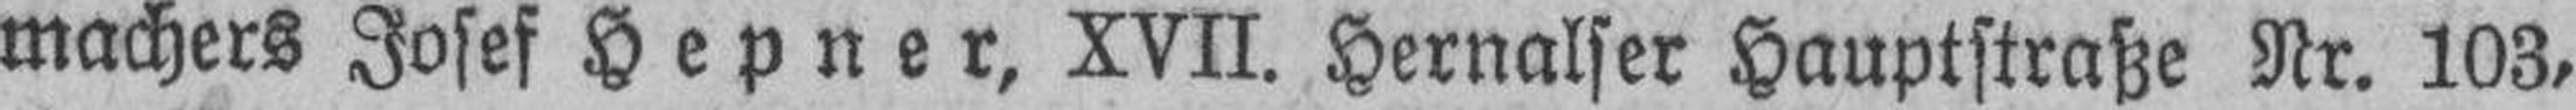
machers Josef Hepner, XVII. Hernalser Hauptstraße Nr. 103,